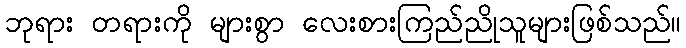
ဘုရား တရားကို များစွာ လေးစားကြည်ညိုသူများဖြစ်သည်။